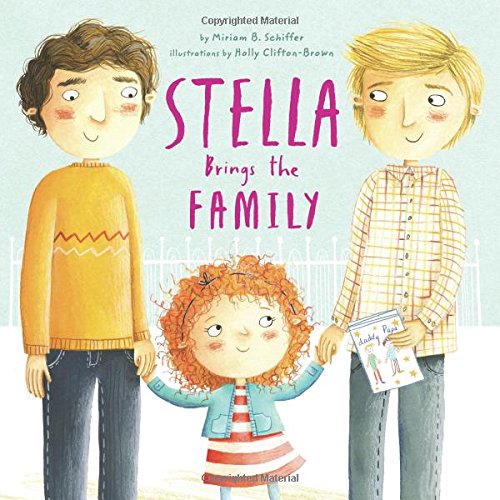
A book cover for Stella Brings the Family; Miriam B. Schiffer; Gay & Lesbian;